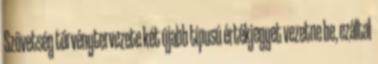
Szövetség törvénytervezete két újabb típusú értékjegyet vezetne be, ezáltal